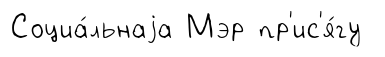
Социа́льнаjа Мэр пр'ис'я́гу